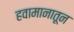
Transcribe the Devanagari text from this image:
हवामानातून